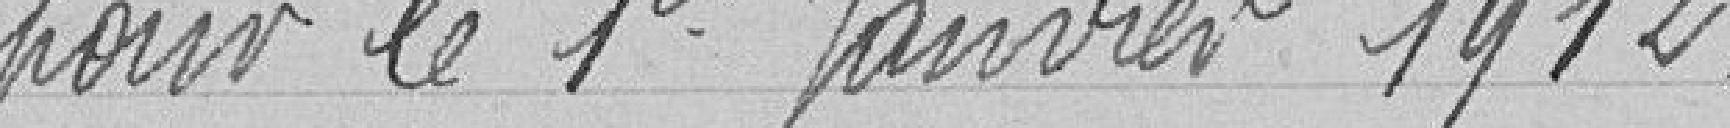
pour le 1er janvier 1912.